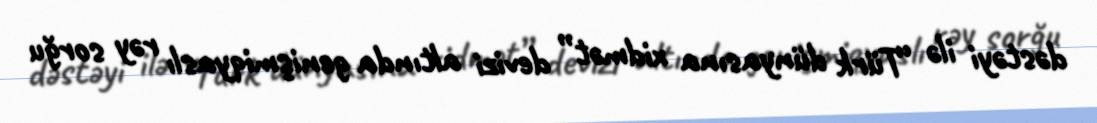
dəstəyi ilə “Türk dünyasına xidmət” devizi altında genişmiqyaslı rəy sorğu